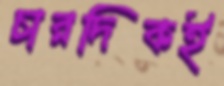
চারদিকই